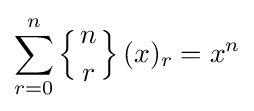
\sum _{r=0}^{n}\left\{{n \atop r}\right\}(x)_{r}=x^{n}